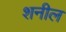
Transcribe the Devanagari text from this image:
शनील